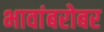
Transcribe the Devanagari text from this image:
भावांबरोबर